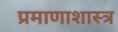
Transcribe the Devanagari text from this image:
प्रमाणाशास्त्र